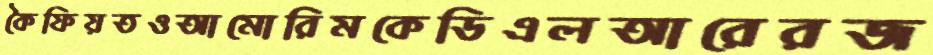
কৈফিয়তওআমোরিমকেডিএলআরেরজ